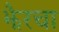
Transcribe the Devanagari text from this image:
झैरचा